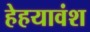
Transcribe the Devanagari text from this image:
हेहयावंश